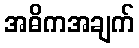
အဓိကအချက်